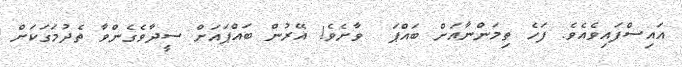
އައިސްފައިވެއެވެ. ފަހެ ތިމަންނާއަށް ބައްޕަ  ވާށެވެ! އޭރުން ބައްޕައަށް ސީދާވެގެންވާ ތެދުމަގަކަށް